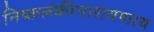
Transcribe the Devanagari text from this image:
निष्कलंकीनारायणाय